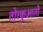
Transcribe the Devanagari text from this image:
तोरकुआतो